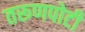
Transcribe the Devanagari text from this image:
तरूणपोटी